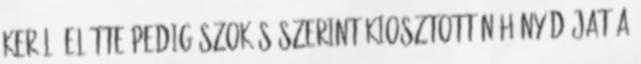
kerül, előtte pedig szokás szerint kiosztott néhány díjat a